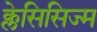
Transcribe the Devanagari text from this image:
क्लेसिसिज्म